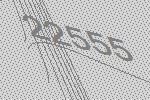
22555